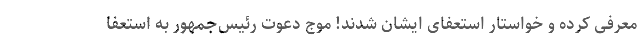
معرفی کرده و خواستار استعفای ایشان شدند! موج دعوت رئیس‌جمهور به استعفا